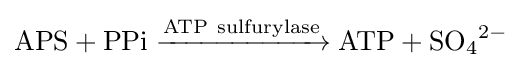
{\mathrm {APS} {}+{}\mathrm {PPi} {}\mathrel {\xrightarrow {\mathrm {ATP} ~\mathrm {sulfurylase} } } {}\mathrm {ATP} {}+{}\mathrm {SO} {\vphantom {A}}_{\smash[{t}]{4}}{\vphantom {A}}^{2-}}